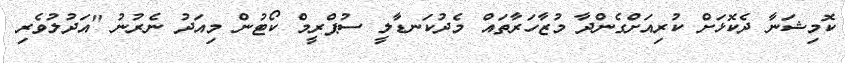
ކޮމިޝަނާ ދެކޮޅަށް ކުރިއަށްގެންދާ މުޒާހަރާތައް މެދުކަނޑާލީ ސުޕްރީމް ކޯޓުން މިއަދު ނެރުނު "އަދުލުވެރި